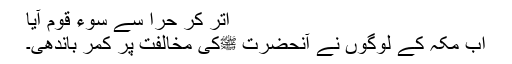
اتر کر حرا سے سوءِ قوم آیا
اب مکہ کے لوگوں نے آنحضرت ﷺکی مخالفت پر کمر باندھی۔